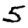
Digit: 5